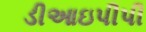
ડીઆઇપીપી